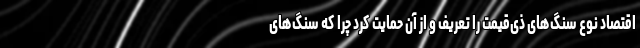
اقتصاد نوع سنگ‌های ذی‌قیمت را تعریف و از آن حمایت کرد چرا که سنگ‌های